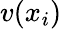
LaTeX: v(x_{i})